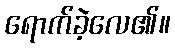
ရောက်ခဲ့လေ၏။